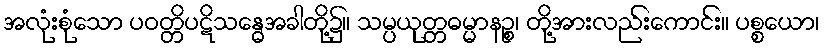
အလုံးစုံသော ပဝတ္တိပဋိသန္ဓေအခါတို့၌။ သမ္ပယုတ္တဓမ္မာနဉ္စ၊ တို့အားလည်းကောင်း။ ပစ္စယော၊